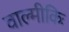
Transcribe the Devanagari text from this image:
वाल्मीकिः